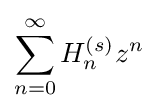
\sum _{n=0}^{\infty }H_{n}^{(s)}z^{n}